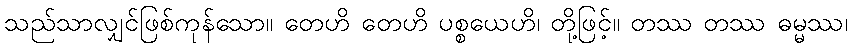
သည်သာလျှင်ဖြစ်ကုန်သော။ တေဟိ တေဟိ ပစ္စယေဟိ၊ တို့ဖြင့်။ တဿ တဿ ဓမ္မဿ၊